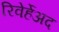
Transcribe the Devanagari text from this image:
रिवेर्हेअद